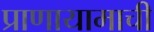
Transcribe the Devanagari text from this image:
प्राणायामाची